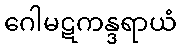
ဂေါမဋကန္ဒရာယံ